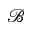
\mathscr { B }